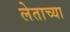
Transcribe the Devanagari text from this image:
लेताच्या